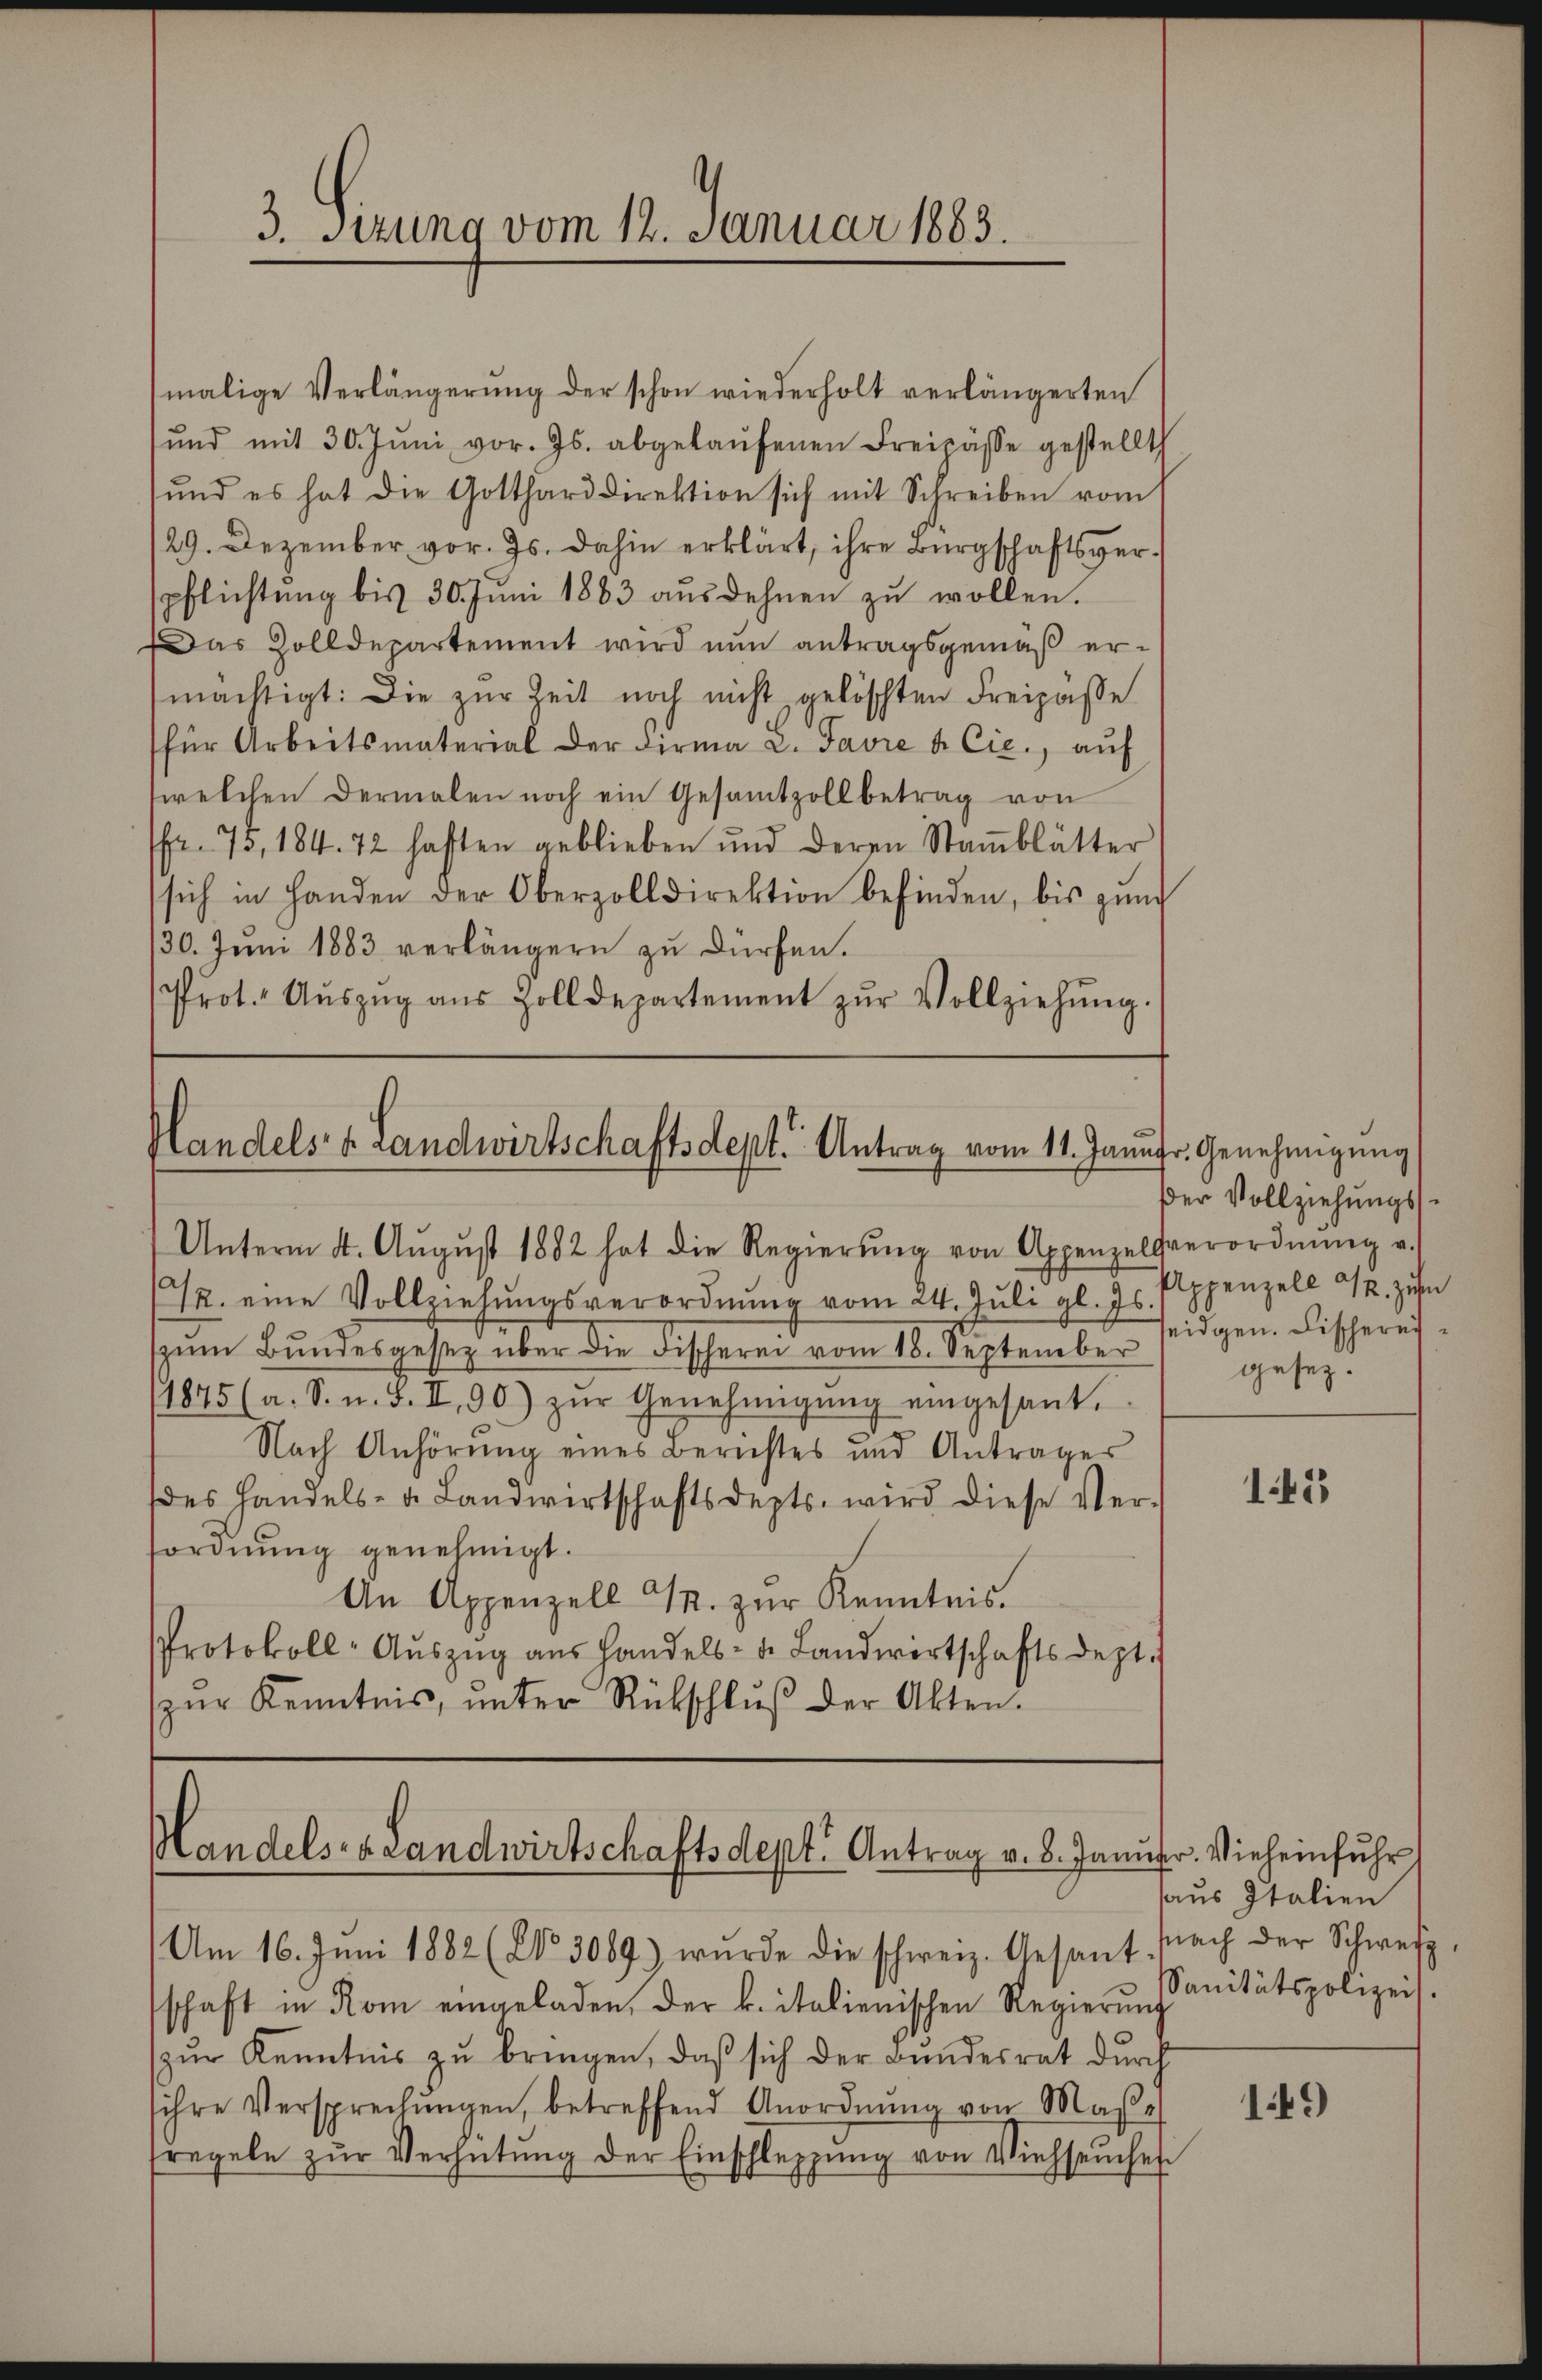
3. Sizung vom 12. Januar 1883.

Handels- & Landwirtschaftsdept. Antrag vom 11. Janngr. Genehmigŭng
Unterm 4. Aŭgŭst 1882 hat die Regierŭng von Appenzellverordnŭng a.

malige Verlängerŭng der schon wiederholt verlängerten
ŭnd mit 30. Jŭni vor. Js. abgekaŭfenen Freipässe gestellt
und es hat die Gotthard direktion sich mit Schreiben vom
129. Dezember vor. Js. dahin erklärt, ihre Bürgschaftsverpflichtung bis 30. Juni 1883 ausdehnen zu wollen.
Das Zolldepartement wird nun antragsgemäß ermächtigt: Die zur Zeit noch nicht gelöschten Freipäße
(für Arbeitsmaterial der Firma L. Favre u. Cie., aŭf
twelchen dermalen noch ein Gesamtzoll betrag von
fr. 75, 184. 72 haften geblieben und deren Staṁblätter
sich in Handen der Oberzolldirektion befinden, bis zŭm
30. Juni 1883 verlängern zu dürfen.
Prot. Aŭszŭg aŭs Zolldepartement zŭr Vollziehŭng.

72. eine Vollziehŭngsverordnŭng vom 24. Juli gl. Js. Pippenzell u. zun
zŭm Bŭndesgesetz über die Fischerei vom 18. September seidgen. Bischeres-
1875 (a. S. u. S. II, 90) zŭr Genehmigŭng eingesant.
Nach Anhörung eines Berichtes und Antrages
des Handels- u. Landwirtschaftsdepts, wird diese Ver-
sordnung genehmigt.
An Appenzell M. zur Kenntnis.
Protokoll-Aŭszŭg aŭs Handels- u. Landwirtschaftsdept.
zŭr Kenntnis, ŭnter Rückschlŭβ der Akten.

Handels- & Landwirtschaftsdept. Antrag v. 8. Januar. Vieheinfuhr

der Vollziehungsgesez.

145

haus Italien
Sanitätspolizei.

Am 16. Juni 1882 (203089) wurde die schweiz. Gesant, nach der Schweiz
schaft in Rom eingeladen, der k. italienischen Regierŭng
zŭr Kenntnis zŭ bringen, daβ sich der Bundesrat durch
sihre Versprechŭngen, betreffend Anordnŭng von Maβ-
fregeln zŭr Verhütŭng der Einschleppung von Viehseuches

149